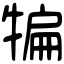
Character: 犏